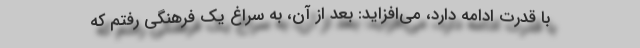
با قدرت ادامه دارد، می‌افزاید: بعد از آن، به سراغ یک فرهنگی رفتم که